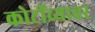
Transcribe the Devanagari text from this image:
कोटींच्यावर